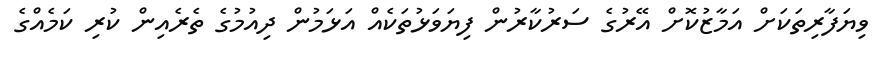
ވިޔަފާރިތަކަށް އަމާޒުކޮށް އޭރުގެ ސަރުކާރުން ފިޔަވަޅުތަކެއް އަޅަމުން ދިއުމުގެ ތެރެއިން ކުރި ކަމެއްގެ